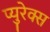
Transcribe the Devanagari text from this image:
प्युरेक्स